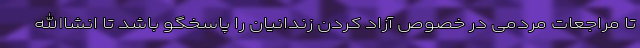
تا مراجعات مردمی در خصوص آزاد کردن زندانیان را پاسخگو باشد تا انشاالله